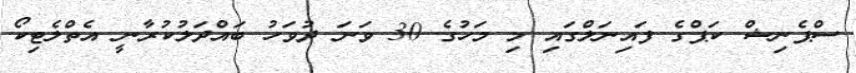
ސްޕެނިޝް ކަޕްގެ ފައިނަލްގައި މި މަހުގެ 30 ވަނަ ދުވަހު ބައްދަލުކުރާނީ އެތްލެޓިކޯ